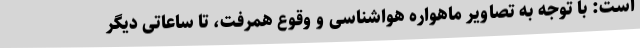
است: با توجه به تصاویر ماهواره هواشناسی و وقوع همرفت، تا ساعاتی دیگر